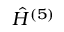
\hat { H } ^ { ( 5 ) }